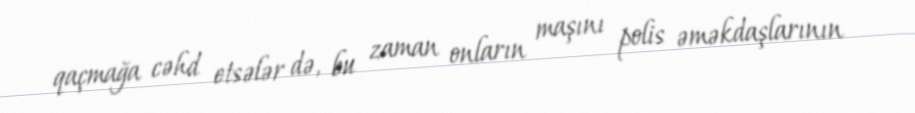
qaçmağa cəhd etsələr də, bu zaman onların maşını polis əməkdaşlarının